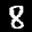
Label: 8